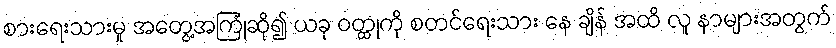
စားရေးသားမှု အတွေ့အကြုံဆို၍ ယခု ဝတ္ထုကို စတင်ရေးသား နေ ချိန် အထိ လူ နာများအတွက်